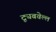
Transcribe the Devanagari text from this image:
ट्यूबवेल्ल